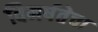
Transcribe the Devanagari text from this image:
विमर्षतेचा